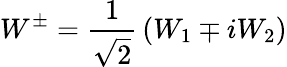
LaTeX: W^{\pm}={\frac{1}{\sqrt{2}}}\left(W_{1}\mp iW_{2}\right)